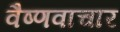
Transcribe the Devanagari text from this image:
वैष्णवाचार